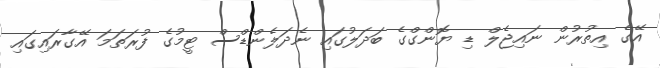
އޭގެ އިތުރުން ނައިޖެލް ޑި ޔޮންގްގެ ބަދަލުގައި ނެދަލެންޑްސް ޓީމުގެ ފުރަތަމަ އޭގާރައިގައި